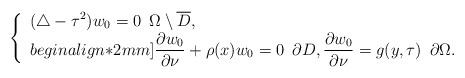
LaTeX: \begin{align*}\left\{\begin{array}{l}\displaystyle(\triangle-\tau^2)w_0=0\,\,\,\Omega\setminus\overline D,\\begin{align*}2mm]\displaystyle\frac{\partial w_0}{\partial\nu}+\rho(x)w_0=0\,\,\,\partial D,\displaystyle\frac{\partial w_0}{\partial\nu}=g(y,\tau)\,\,\,\partial\Omega.\end{array}\right.\end{align*}